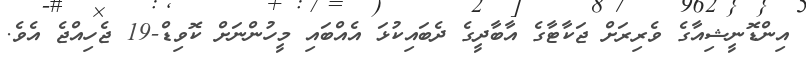
އިންޑޮނީޝިއާގެ ވެރިރަށް ޖަކާޓާގެ އާބާދީގެ ދެބައިކުޅަ އެއްބައި މީހުންނަށް ކޮވިޑް-19 ޖެހިއްޖެ އެވެ.